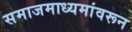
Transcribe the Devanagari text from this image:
समाजमाध्यमांवरून